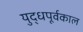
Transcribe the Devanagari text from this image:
युद्धपूर्वकाल